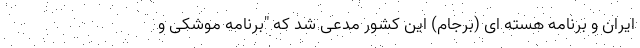
ایران و برنامه هسته ای (برجام) این کشور مدعی شد که "برنامه موشکی و